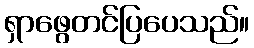
ရှာဖွေတင်ပြပေသည်။